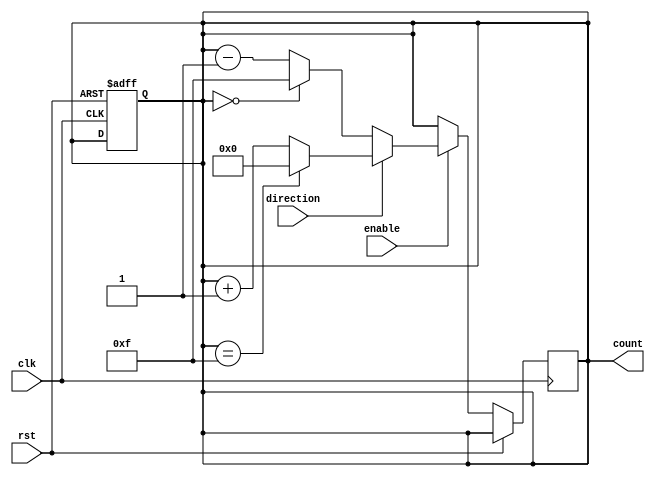
module bidirectional_gray_counter (
    input clk,
    input rst,
    input enable,
    input direction,
    output reg [n-1:0] count
);

// Parameter for counter width
parameter n = 4;

// Internal signals
reg [n-1:0] next_count;

always @ (posedge clk or posedge rst) begin
    if (rst) begin
        count <= 0;
    end else if (enable) begin
        if (direction) begin // Increment
            if (count == (2**n - 1)) begin
                next_count <= 0;
            end else begin
                next_count <= count + 1;
            end
        end else begin // Decrement
            if (count == 0) begin
                next_count <= 2**n - 1;
            end else begin
                next_count <= count - 1;
            end
        end
    end
end

always @* begin
    count <= next_count;
end

endmodule